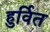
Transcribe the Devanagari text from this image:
हुर्वित